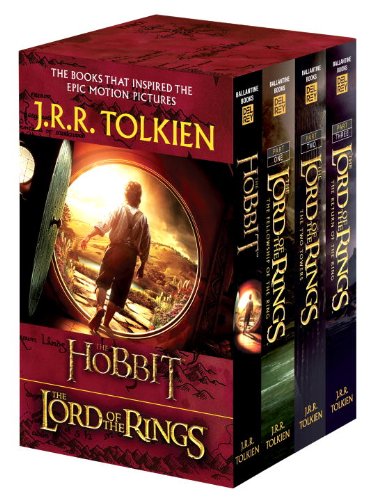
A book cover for The Hobbit and the Lord of the Rings (the Hobbit / the Fellowship of the Ring / the Two Towers / the; J.R.R. Tolkien; Science Fiction & Fantasy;